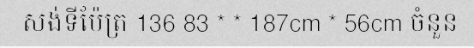
សង់ទីម៉ែត្រ 136 83 * * 187cm * 56cm ចំនួន